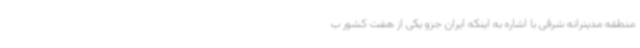
منطقه مدیترانه شرقی با اشاره به اینکه ایران جزو یکی از هفت کشور ب